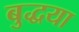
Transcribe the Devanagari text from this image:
बुद्धया